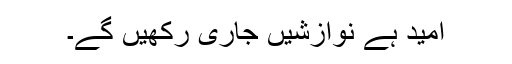
امید ہے نوازشیں جاری رکھیں گے۔